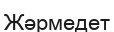
Жәрмедет